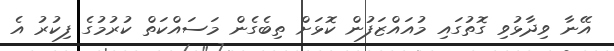
އޭނާ ވިދާޅުވި ގޮތުގައި މުއައްޒަފުން ކޮޅަށް ތިބެގެން މަސައްކަތް ކުރުމުގެ ފިކުރު އެ